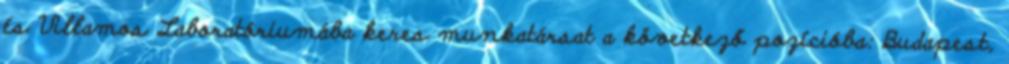
és Villamos Laboratóriumába keres munkatársat a következő pozícióba: Budapest,